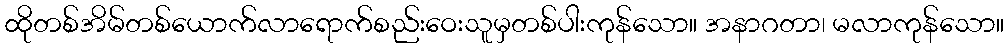
ထိုတစ်အိမ်တစ်ယောက်လာရောက်စည်းဝေးသူမှတစ်ပါးကုန်သော။ အနာဂတာ၊ မလာကုန်သော။